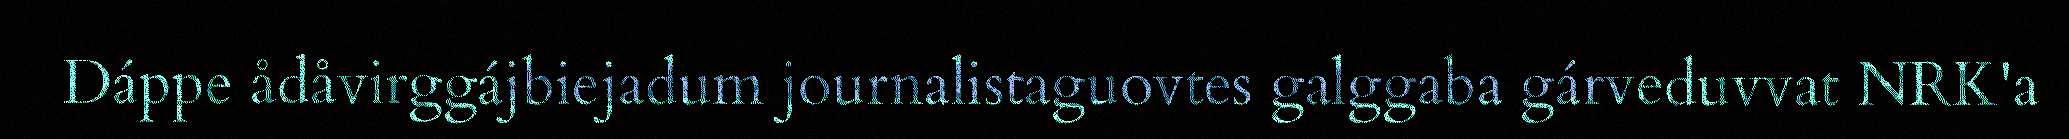
Dáppe ådåvirggájbiejadum journalistaguovtes galggaba gárveduvvat NRK'a